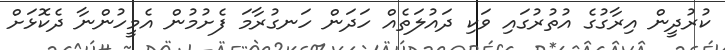
ކުރުދީން އިރާގުގެ އުތުރުގައި ވަކި ދައުލަތެއް ހަދަން ހަނގުރާމަ ފެށުމުން އެމީހުންނާ ދެކޮޅަށް